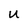
Character: u